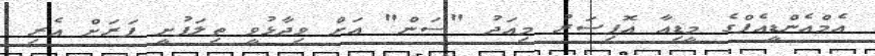
އެމްއެންޑީއެފްގެ މީޑިއާ އޮފިސަރު މިއަދު "ސަން" އަށް ވިދާޅުވީ ތިލަފުށީ ފަރަށް އެރި